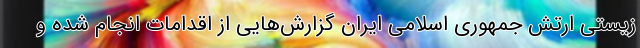
زیستی ارتش جمهوری اسلامی ایران گزارش‌هایی از اقدامات انجام شده و